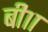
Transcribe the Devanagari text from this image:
बी११